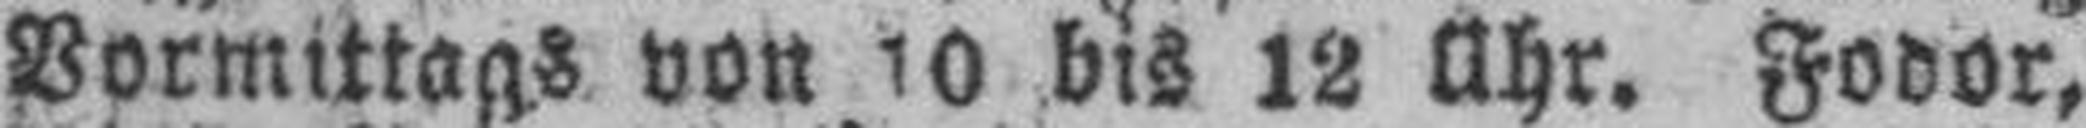
Vormittags von 10 bis 12 Uhr. Fodor,